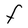
Character: F